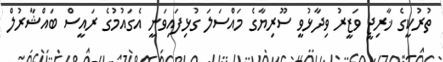
ތުރުކީގެ ޚާރިޖީ ވަޒީރު ވިދާޅުވީ ސޫރިޔާގެ މައްސަލަ ގުޅިފައިވަނީ އެގައުމުގެ ރައީސް ބައްޝާރުލް